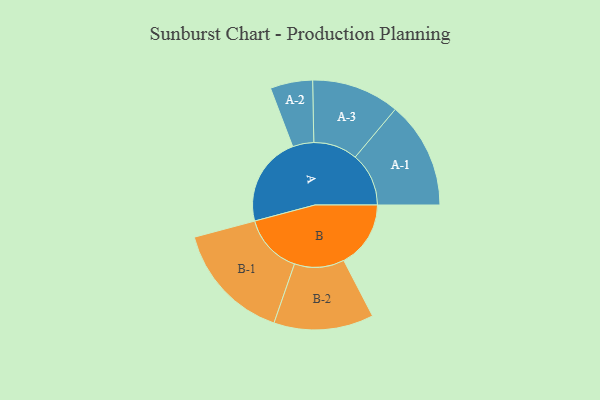
{"axis": {"x": "Segment", "y": "Value"}, "legend": ["", "A", "B"], "data": [{"x": "A", "y": 442, "type": ""}, {"x": "B", "y": 329, "type": ""}, {"x": "A-1", "y": 263, "type": "A"}, {"x": "A-2", "y": 104, "type": "A"}, {"x": "A-3", "y": 216, "type": "A"}, {"x": "B-1", "y": 294, "type": "B"}, {"x": "B-2", "y": 245, "type": "B"}]}